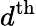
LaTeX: d^{\mathrm{th}}